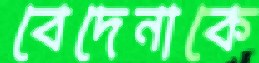
বেদেনাকে